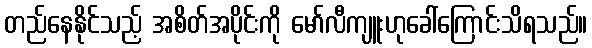
တည်နေနိုင်သည့် အစိတ်အပိုင်းကို မော်လီကျူးဟုခေါ်ကြောင်းသိရသည်။